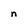
Character: n